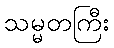
သမ္မတကြီး